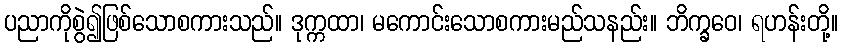
ပညာကိုစွဲ၍ဖြစ်သောစကားသည်။ ဒုက္ကထာ၊ မကောင်းသောစကားမည်သနည်း။ ဘိက္ခဝေ၊ ရဟန်းတို့။